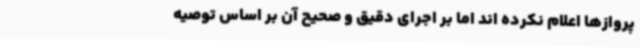
پروازها اعلام نکرده اند اما بر اجرای دقیق و صحیح آن بر اساس توصیه